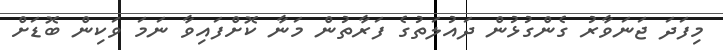
މިފަދަ ޖަނަވާރު ގެންގުޅުން ދައުލަތުގެ ފަރާތުން މަނާ ކޮށްފައިވާ ނަމަ ވަކިން ބޮޑަށް